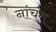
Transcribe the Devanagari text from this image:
नांचंग